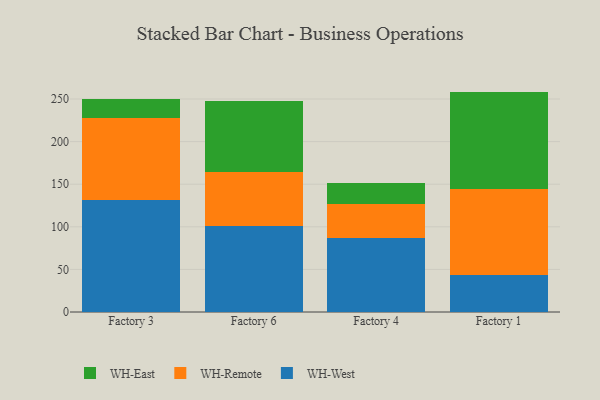
{"axis": {"x": "Factory", "y": "Gross Profit (USD K)"}, "legend": ["WH-East", "WH-Remote", "WH-West"], "data": [{"x": "Factory 3", "y": 131.0, "type": "WH-West"}, {"x": "Factory 3", "y": 97.2, "type": "WH-Remote"}, {"x": "Factory 3", "y": 21.9, "type": "WH-East"}, {"x": "Factory 6", "y": 100.5, "type": "WH-West"}, {"x": "Factory 6", "y": 63.6, "type": "WH-Remote"}, {"x": "Factory 6", "y": 83.1, "type": "WH-East"}, {"x": "Factory 4", "y": 86.9, "type": "WH-West"}, {"x": "Factory 4", "y": 39.5, "type": "WH-Remote"}, {"x": "Factory 4", "y": 25.0, "type": "WH-East"}, {"x": "Factory 1", "y": 44.0, "type": "WH-West"}, {"x": "Factory 1", "y": 100.8, "type": "WH-Remote"}, {"x": "Factory 1", "y": 113.9, "type": "WH-East"}]}